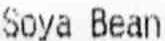
SOYA BEAN